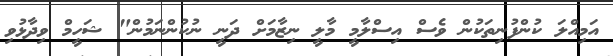
އަމިއްލަ ކުންފުނިތަކުން ވެސް އިސްލާމީ މާލީ ނިޒާމަށް ދަނީ ނުކުންނަމުން" ޝަހީމް ވިދާޅުވި